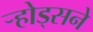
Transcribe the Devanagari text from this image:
र्‍होड्सने